Indian journal of veterinary science and animal husbandry - Volumes 22-23, 1952-1953
Year: 1952
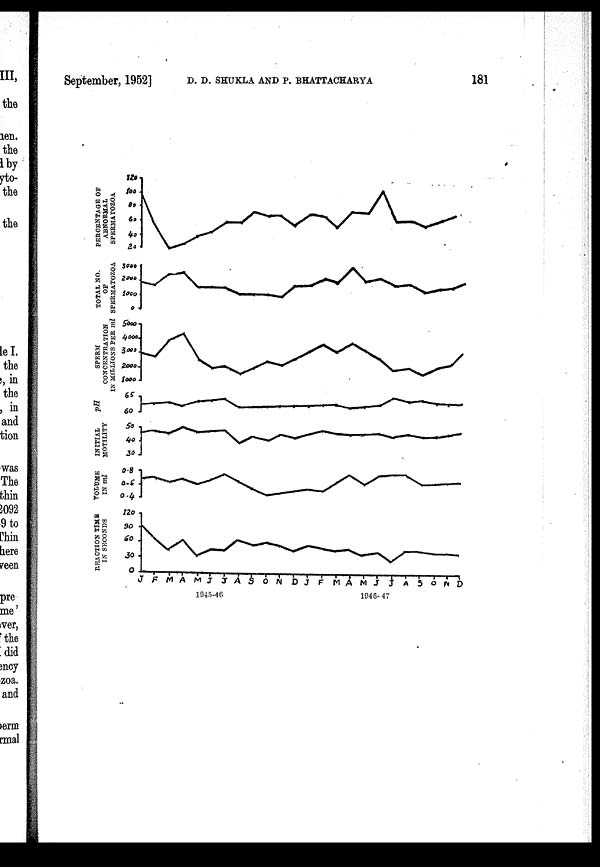
September, 1952] D. D. SHUKLA AND P. BHATTACHARYA 181